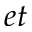
e t